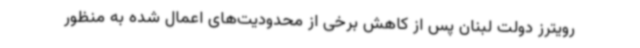
رویترز دولت لبنان پس از کاهش برخی از محدودیت‌های اعمال شده به منظور